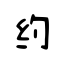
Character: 约